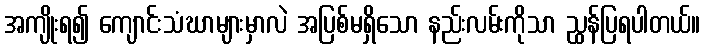
အကျိုးရ၍ ကျောင်းသံဃာများမှာလဲ အပြစ်မရှိသော နည်းလမ်းကိုသာ ညွှန်ပြရပါတယ်။